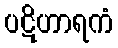
ပဋိဟာရကံ